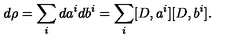
d \rho = \sum _ { i } d a ^ { i } d b ^ { i } = \sum _ { i } [ D , a ^ { i } ] [ D , b ^ { i } ] .